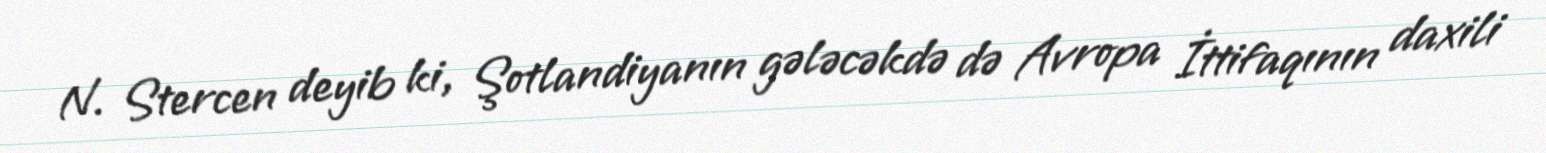
N. Stercen deyib ki, Şotlandiyanın gələcəkdə də Avropa İttifaqının daxili